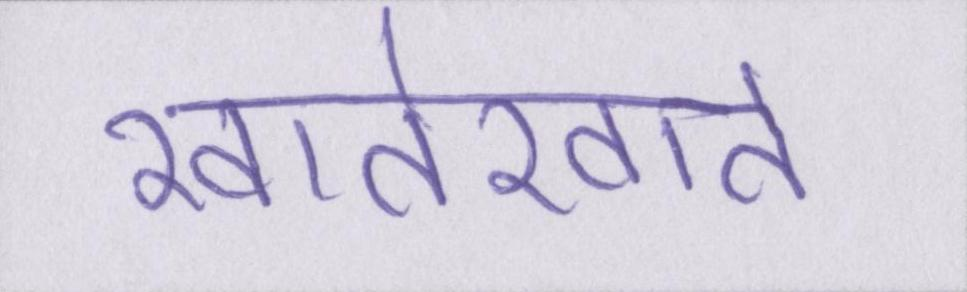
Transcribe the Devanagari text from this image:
खातेखाते